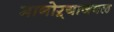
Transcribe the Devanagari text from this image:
मानोऱ्याजवळ